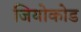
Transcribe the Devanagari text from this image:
जियोकोड